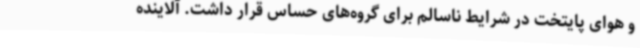
و هوای پایتخت در شرایط ناسالم برای گروه‌های حساس قرار داشت. آلاینده